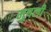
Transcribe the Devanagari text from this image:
मुषली